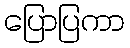
ပြောပြကာ